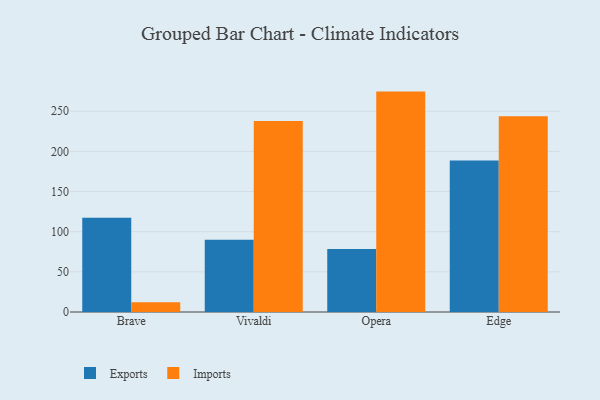
{"axis": {"x": "Browser", "y": "Population (Million)"}, "legend": ["Exports", "Imports"], "data": [{"x": "Brave", "y": 117.4, "type": "Exports"}, {"x": "Brave", "y": 12.1, "type": "Imports"}, {"x": "Vivaldi", "y": 89.9, "type": "Exports"}, {"x": "Vivaldi", "y": 237.7, "type": "Imports"}, {"x": "Opera", "y": 78.4, "type": "Exports"}, {"x": "Opera", "y": 274.4, "type": "Imports"}, {"x": "Edge", "y": 188.5, "type": "Exports"}, {"x": "Edge", "y": 243.6, "type": "Imports"}]}